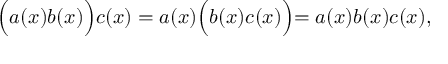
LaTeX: \Bigl ( a ( x ) b ( x ) \Bigl ) c ( x ) = a ( x ) \Bigl ( b ( x ) c ( x ) \Bigl ) = a ( x ) b ( x ) c ( x ) ,